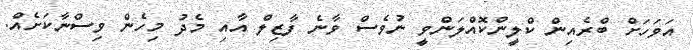
އަވަހަށް ބްރެއިން ކްލީންކޮއްލަންވީ ނުވެސް ވާނެ ފާޒިލް އާއި މެދު މިހެން ވިސްނާކަށެއް.